Annual administration report of the Civil Veterinary Department of India - 1897-1898
Year: 1897
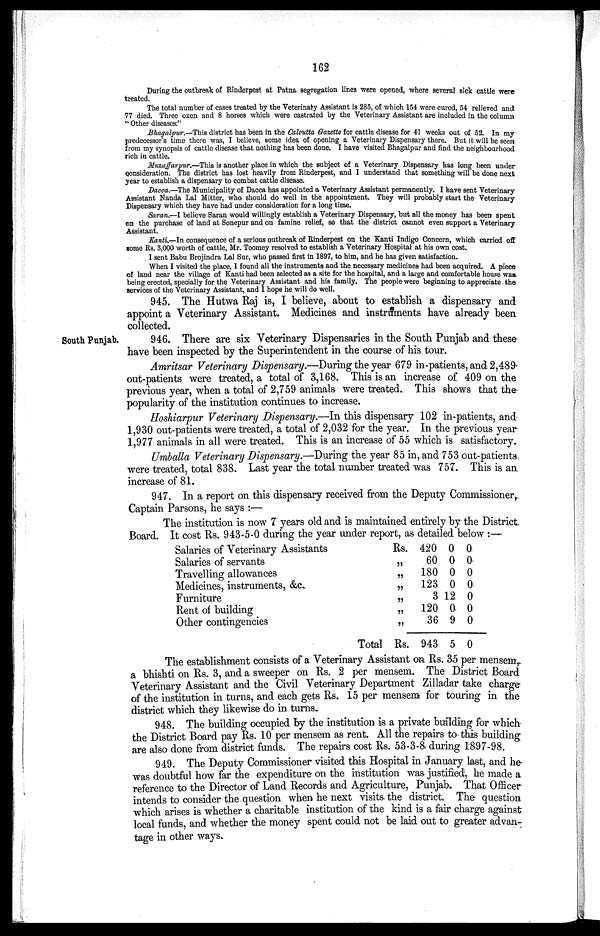
162
During the outbreak of Rinderpest at Patna segregation lines were opened, where several sick cattle were
treated.
The total number of cases treated by the Veterinary Assistant is 285, of which 154 were cured, 54 relieved and
77 died. Three oxen and 8 horses which were castrated by the Veterinary Assistant are included in the column
"Other diseases:"
Bhagalpur.—This district has been in the Calcutta Gazette for cattle disease for 41 weeks out of 52. In my
predecessor's time there was, I believe, some idea of opening a Veterinary Dispensary there. But it will be seen
from my synopsis of cattle disease that nothing has been done. I have visited Bhagalpur and find the neighbourhood
rich in cattle.
Muzaffarpur.—This is another place in which the subject of a Veterinary Dispensary has long been under
consideration. The district has lost heavily from Rinderpest, and I understand that something will be done next
year to establish a dispensary to combat cattle disease.
Dacca.—The Municipality of Dacca has appointed a Veterinary Assistant permanently. I have sent Veterinary
Assistant Nanda Lal Mitter, who should do well in the appointment. They will probably start the Veterinary
Dispensary which they have had under consideration for a long time.
Saran.—I believe Saran would willingly establish a Veterinary Dispensary, but all the money has been spent
on the purchase of land at Sonepur and on famine relief, so that the district cannot even support a Veterinary
Assistant.
Kanti.—In consequence of a serious outbreak of Rinderpest on the Kanti Indigo Concern, which carried off
some Rs. 3,000 worth of cattle, Mr. Toomey resolved to establish a Veterinary Hospital at his own cost.
I sent Babu Brojindra Lal Sur, who passed first in 1897, to him, and he has given satisfaction.
When I visited the place, I found all the instruments and the necessary medicines had been acquired. A piece
of land near the village of Kanti had been selected as a site for the hospital, and a large and comfortable house was
being erected, specially for the Veterinary Assistant and his family. The people were beginning to appreciate the
services of the Veterinary Assistant, and I hope he will do well.
945. The Hutwa Raj is, I believe, about to establish a dispensary and
appoint a Veterinary Assistant. Medicines and instruments have already been
collected.
South Punjab.
946. There are six Veterinary Dispensaries in the South Punjab and these
have been inspected by the Superintendent in the course of his tour.
Amritsar Veterinary Dispensary.—During the year 679 in-patients, and 2,489
out-patients were treated, a total of 3,168. This is an increase of 409 on the
previous year, when a total of 2,759 animals were treated. This shows that the
popularity of the institution continues to increase.
Hoshiarpur Veterinary Dispensary.—In this dispensary 102 in-patients, and
1,930 out-patients were treated, a total of 2,032 for the year. In the previous year
1,977 animals in all were treated. This is an increase of 55 which is satisfactory.
Umballa Veterinary Dispensary.—During the year 85 in, and 753 out-patients
were treated, total 838. Last year the total number treated was 757. This is an
increase of 81.
947. In a report on this dispensary received from the Deputy Commissioner,
Captain Parsons, he says:—
The institution is now 7 years old and is maintained entirely by the District,
Board. It cost Rs. 943-5-0 during the year under report, as detailed below:—
Salaries of Veterinary Assistants
Salaries of servants
Travelling allowances
Medicines, instruments, &c.
Furniture
Rent of building
Other contingencies
Total
Rs.
„
„
„
„
„
„
Rs.
420
60
180
123
3
120
36
943
0
0
0
0
12
0
9
5
0
0
0
0
0
0
0
0
The establishment consists of a Veterinary Assistant on Rs. 35 per mensem,
a bhishti on Rs. 3, and a sweeper on Rs. 2 per mensem. The District Board
Veterinary Assistant and the Civil Veterinary Department Zilladar take charge
of the institution in turns, and each gets Rs. 15 per mensem for touring in the
district which they likewise do in turns.
948. The building occupied by the institution is a private building for which
the District Board pay Rs. 10 per mensem as rent. All the repairs to this building
are also done from district funds. The repairs cost Rs. 53-3-8 during 1897-98.
949. The Deputy Commissioner visited this Hospital in January last, and he
was doubtful how far the expenditure on the institution was justified, he made a
reference to the Director of Land Records and Agriculture, Punjab. That Officer
intends to consider the question when he next visits the district. The question
which arises is whether a charitable institution of the kind is a fair charge against
local funds, and whether the money spent could not be laid out to greater advan-
tage in other ways.